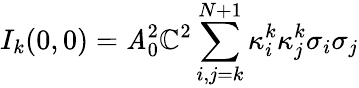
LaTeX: {I_{k}}(0,0)=\mathit{A}_{0}^{2}{\mathbb{C}^{2}}\sum_{i,j=k}^{N+1}{\kappa_{i}^{k}\kappa_{j}^{k}{\sigma_{i}}{\sigma_{j}}}